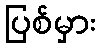
ပြစ်မှား